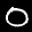
Label: 0